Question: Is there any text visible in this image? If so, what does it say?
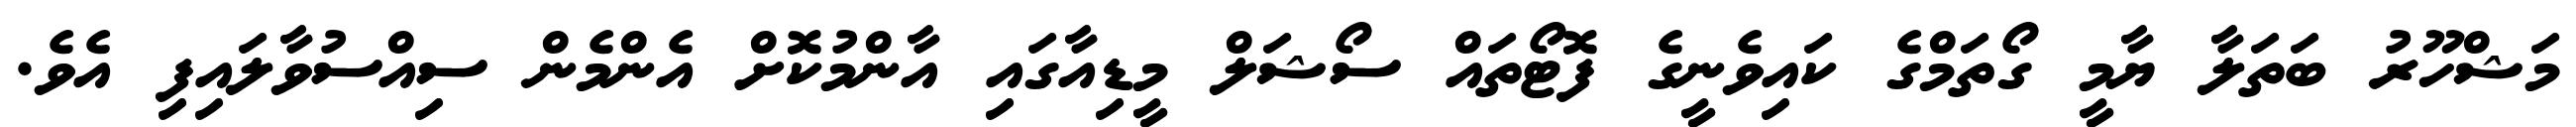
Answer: މަޝްހޫރު ބަތަލާ ޔާމީ ގޯތަމްގެ ކައިވެނީގެ ފޮޓޯތައް ސޯޝަލް މީޑިއާގައި އާންމުކޮށް އެންމެން ސިއްސުވާލައިފި އެވެ.